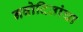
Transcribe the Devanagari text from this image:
नवोदितांचा